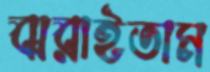
ঝরাইতাম